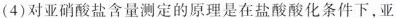
(4)对亚硝酸盐含量测定的原理是在盐酸酸化条件下，亚